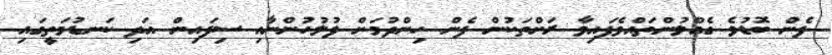
ފެން ބޮޑުވެ ގެއްލުންތައްވެފައިވާ ރަށްތަކުން ފެން ހިންދުމަށް ފުލުހުންނާއި ސިފައިން އަދި ކަނޑުމަތީގައި